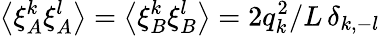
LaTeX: \left\langle\xi_{A}^{k}\xi_{A}^{l}\right\rangle=\left\langle\xi_{B}^{k}\xi_{B}^{l}\right\rangle=2q_{k}^{2}/L\, \delta_{k,-l}